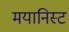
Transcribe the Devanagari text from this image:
मयानिस्ट